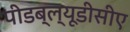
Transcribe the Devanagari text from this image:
पीडब्ल्यूडीसीए